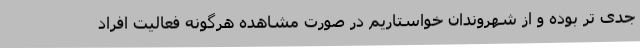
جدی تر بوده و از شهروندان خواستاریم در صورت مشاهده هرگونه فعالیت افراد